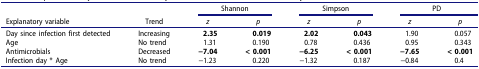
<table><thead><tr><td><b> </b></td><td><b> </b></td><td colspan="2"><b>Shannon</b></td><td colspan="2"><b>Simpson</b></td><td colspan="2"><b>PD</b></td></tr><tr><td><b>Explanatory variable</b></td><td><b>Trend</b></td><td><b><i>z</i></b></td><td><b><i>p</i></b></td><td><b><i>z</i></b></td><td><b><i>p</i></b></td><td><b><i>z</i></b></td><td><b><i>p</i></b></td></tr></thead><tbody><tr><td>Day since infection first detected</td><td>Increasing</td><td><b>2.35</b></td><td><b>0.019</b></td><td><b>2.02</b></td><td><b>0.043</b></td><td>1.90</td><td>0.057</td></tr><tr><td>Age</td><td>No trend</td><td>1.31</td><td>0.190</td><td>0.78</td><td>0.436</td><td>0.95</td><td>0.343</td></tr><tr><td>Antimicrobials</td><td>Decreased</td><td><b>−7.04</b></td><td><b>&lt; 0.001</b></td><td><b>−6.25</b></td><td><b>&lt; 0.001</b></td><td><b>−7.65</b></td><td><b>&lt; 0.001</b></td></tr><tr><td>Infection day * Age</td><td>No trend</td><td>−1.23</td><td>0.220</td><td>−1.32</td><td>0.187</td><td>−0.84</td><td>0.4</td></tr></tbody></table>